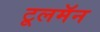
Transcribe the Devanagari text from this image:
टूलमॅन